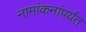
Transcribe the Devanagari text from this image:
नामांकनांपर्यंत